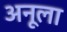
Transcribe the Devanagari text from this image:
अनूला